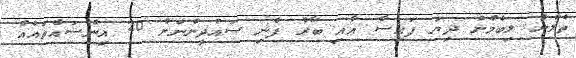
ތެލުން ލިބެމުން ދިޔަ ފައިސާ އާއި ބާރު ފެނި ސައުދީންނަށް 20 އިންސައްތައެއް